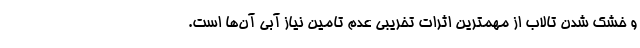
و خشک شدن تالاب از مهمترین اثرات تخریبی عدم تامین نیاز آبی آن‌ها است.